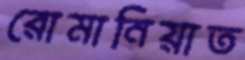
রোমানিয়াত